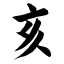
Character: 亥